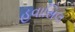
હવાસિલ